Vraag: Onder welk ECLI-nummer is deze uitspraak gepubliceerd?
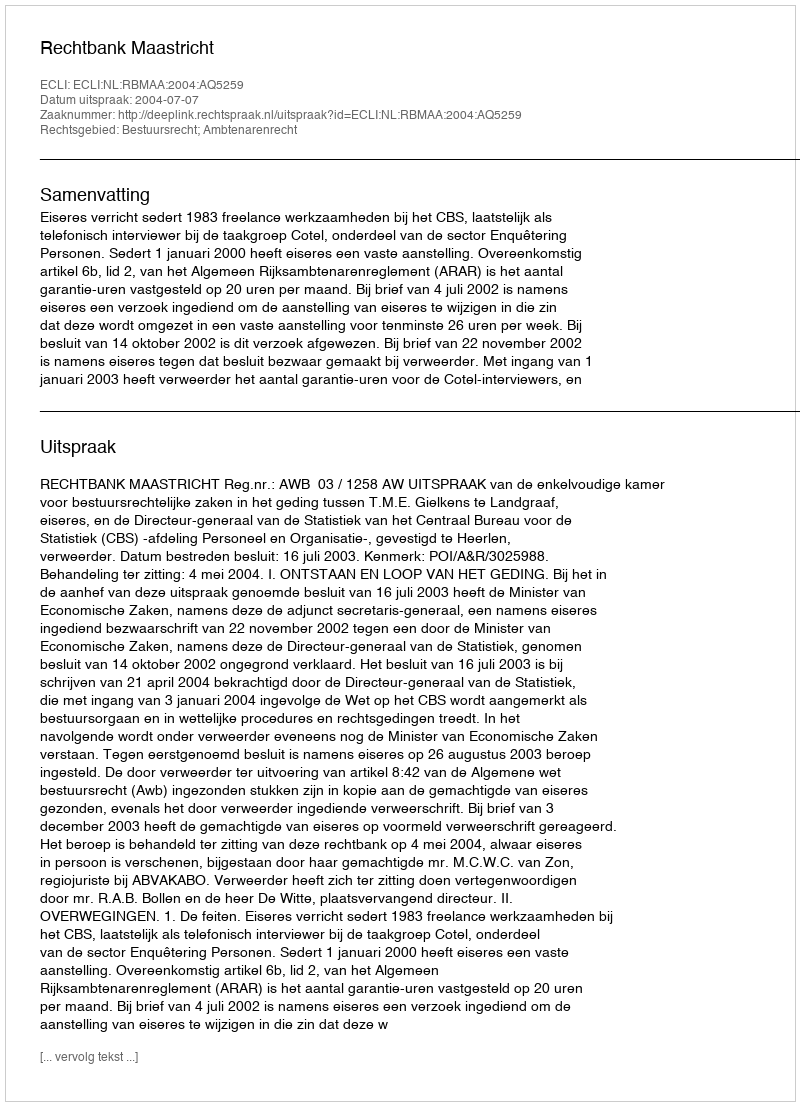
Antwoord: ECLI:NL:RBMAA:2004:AQ5259